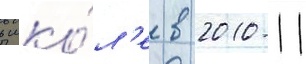
в шко́л'е в 2010-11